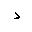
Letter: _dal